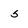
Character: 5